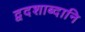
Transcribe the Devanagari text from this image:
द्वदशाब्दानि